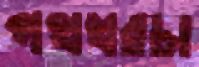
পথখরচা